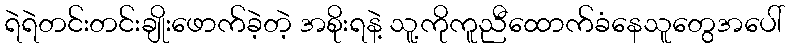
ရဲရဲတင်းတင်းချိုးဖောက်ခဲ့တဲ့ အစိုးရနဲ့ သူ့ကိုကူညီထောက်ခံနေသူတွေအပေါ်